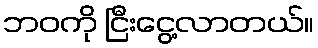
ဘဝကို ငြီးငွေ့လာတယ်။